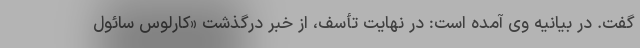
گفت. در بیانیه وی آمده است: در نهایت تأسف، از خبر درگذشت «کارلوس سائول